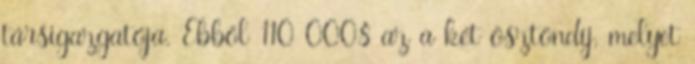
társigazgatója. Ebből 110 000$ az a két ösztöndíj, melyet